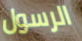
الرسول